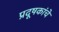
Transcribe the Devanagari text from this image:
प्रदूषकांचे